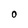
Character: 0